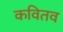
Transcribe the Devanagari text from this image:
कवितव